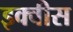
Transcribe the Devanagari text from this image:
इक्वीस